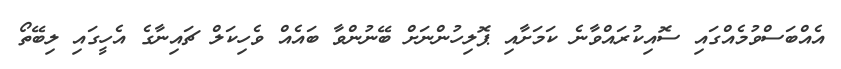
އެއްބަސްވުމެއްގައި ސޮއިކުރައްވާނެ ކަމަށާއި ޕޮލިހުންނަށް ބޭނުންވާ ބައެއް ވެހިކަލް ޗައިނާގެ އެހީގައި ލިބޭތޯ